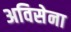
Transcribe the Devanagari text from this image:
अविसेना